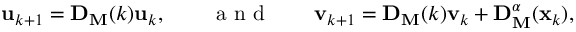
\mathbf { u } _ { k + 1 } = \mathbf { D } _ { \mathbf { M } } ( k ) \mathbf { u } _ { k } , \qquad \mathrm { ~ a ~ n ~ d ~ } \qquad \mathbf { v } _ { k + 1 } = \mathbf { D } _ { \mathbf { M } } ( k ) \mathbf { v } _ { k } + \mathbf { D } _ { \mathbf { M } } ^ { \boldsymbol { \alpha } } ( \mathbf { x } _ { k } ) ,